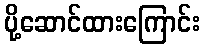
ပို့ဆောင်ထားကြောင်း